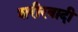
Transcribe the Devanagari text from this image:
शरीरवादी